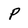
Character: P